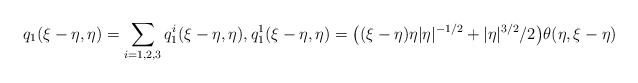
\begin{align*} q_{1}(\xi-\eta, \eta) =\sum_{i=1,2,3} q_{1}^i(\xi-\eta, \eta),q_{1}^1(\xi-\eta, \eta)=\big((\xi-\eta)\eta |\eta|^{-1/2}+ |\eta|^{3/2}/2\big)\theta(\eta, \xi-\eta) \end{align*}